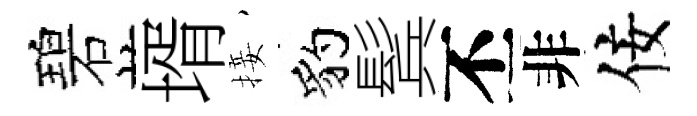
碧壻接豹鬂丕非佞